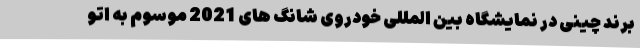
برند چینی در نمایشگاه بین المللی خودروی شانگ های 2021 موسوم به اتو